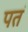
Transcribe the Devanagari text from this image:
पतं